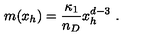
m ( x _ { h } ) = \frac { \kappa _ { 1 } } { n _ { D } } x _ { h } ^ { d - 3 } \ .